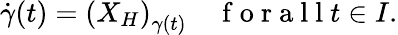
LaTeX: \begin{array}{r}{\dot{\gamma}(t)=\left(X_{H}\right)_{\gamma(t)}\quad\mathrm{~f~o~r~a~l~l~}t\in I.}\end{array}